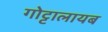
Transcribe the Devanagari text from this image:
गोट्टालायब